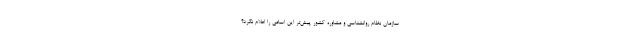
سازمان نظام روانشناسی و مشاوره کشور پیش‌تر این اسامی را اعلام نکرد؟